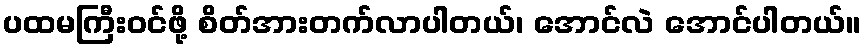
ပထမကြီးဝင်ဖို့ စိတ်အားတက်လာပါတယ်၊ အောင်လဲ အောင်ပါတယ်။